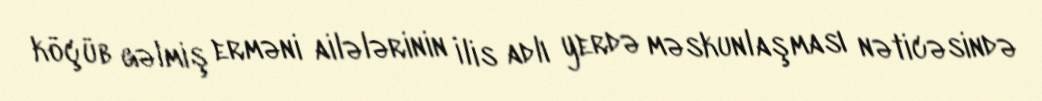
köçüb gəlmiş erməni ailələrinin İlis adlı yerdə məskunlaşması nəticəsində